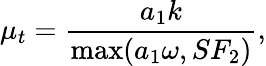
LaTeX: \mu_{t}=\frac{a_{1}k}{\operatorname*{max}(a_{1}\omega,SF_{2})},